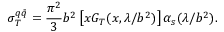
\sigma _ { T } ^ { q \bar { q } } = \frac { \pi ^ { 2 } } { 3 } b ^ { 2 } \left[ x G _ { T } ( x , \lambda / b ^ { 2 } ) \right] \alpha _ { s } ( \lambda / b ^ { 2 } ) .